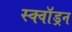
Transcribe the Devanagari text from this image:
स्क्वाॅड्रन